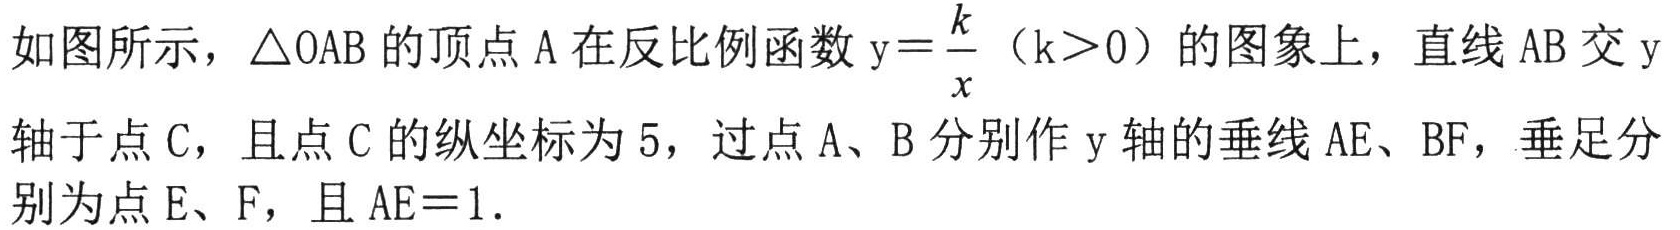
如图所示，\(\triangle OAB\) 的顶点 \(A\) 在反比例函数 \(y = \frac{k}{x}\)（\(k>0\)）的图象上，直线 \(AB\) 交 \(y\) 轴于点 \(C\)，且点 \(C\) 的纵坐标为 \(5\)，过点 \(A\)、\(B\) 分别作 \(y\) 轴的垂线 \(AE\)、\(BF\)，垂足分别为点 \(E\)、\(F\)，且 \(AE = 1\).